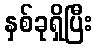
နှစ်ခုရှိပြီး